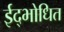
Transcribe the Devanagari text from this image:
ईद्भोधित